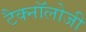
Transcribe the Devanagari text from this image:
टैक्नॉलोजी